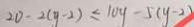
2 0 - 2 ( y - 2 ) \leq 1 0 y - 5 ( y - 2 )